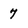
Character: 7